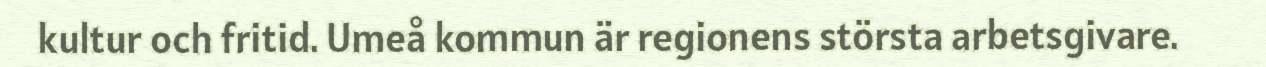
kultur och fritid. Umeå kommun är regionens största arbetsgivare.